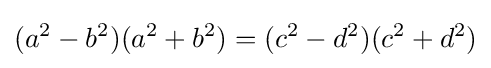
(a^{2}-b^{2})(a^{2}+b^{2})=(c^{2}-d^{2})(c^{2}+d^{2})